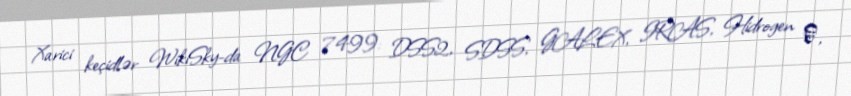
Xarici keçidlər WikiSky-da NGC 7499: DSS2, SDSS, GALEX, IRAS, Hidrogen α,